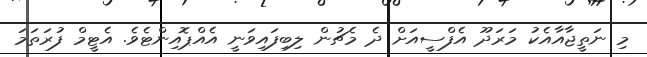
މި ނަތީޖާއާއެކު މަރަދޫ އެފްސީއަށް ދެ މެޗުން ލިބިފައިވަނީ އެއްޕޮއިންޓެވެ. އެޓީމް ފުރަތަމަ